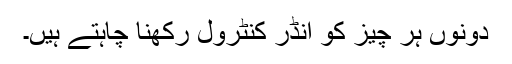
دونوں ہر چیز کو انڈر کنٹرول رکھنا چاہتے ہیں۔